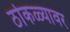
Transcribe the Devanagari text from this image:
ठोकळ्यावर